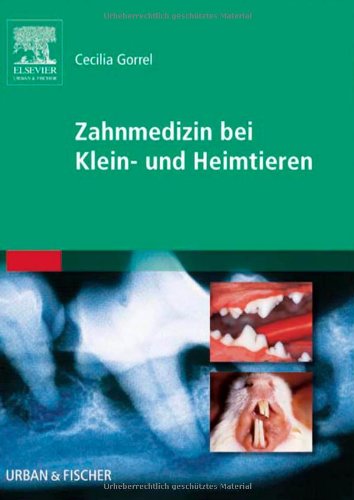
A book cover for Zahnmedizin bei Klein- und Heimtieren; Cecilia Gorrel; Medical Books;